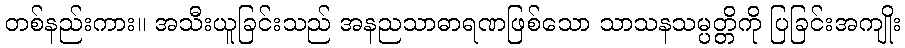
တစ်နည်းကား။ အသီးယူခြင်းသည် အနညသာဓာရဏဖြစ်သော သာသနသမ္ပတ္တိကို ပြခြင်းအကျိုး